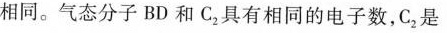
相同。气态分子BD和C_{2}具有相同的电子数，C_{2} 是